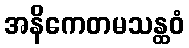
အနိကေတမသန္ထဝံ